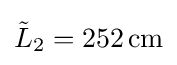
{\tilde {L}}_{2}=252\,{\text{cm}}